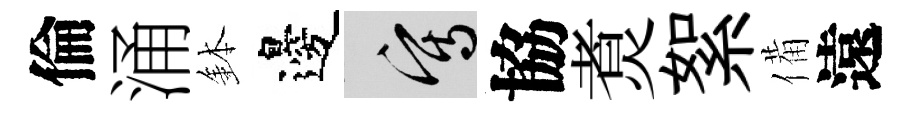
倫涌鉢邊寫協煑絮備遠